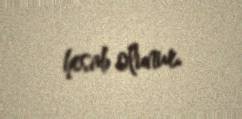
hesab olunur.